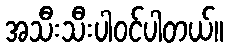
အသီးသီးပါ၀င်ပါတယ်။